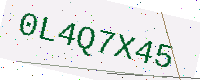
Text: 0L4Q7X45